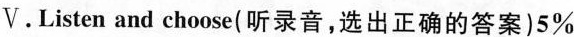
V.Listen and choose(听录音,选出正确的答案)5%